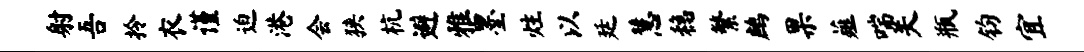
射吾拎衣谨迫港会狭杭避雅墨炷以廷慧稳繁鹧果薤喘关瓶钧宜